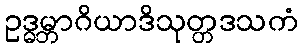
ဥဒ္ဓမ္ဘာဂိယာဒိသုတ္တဒသကံ